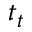
t _ { t }